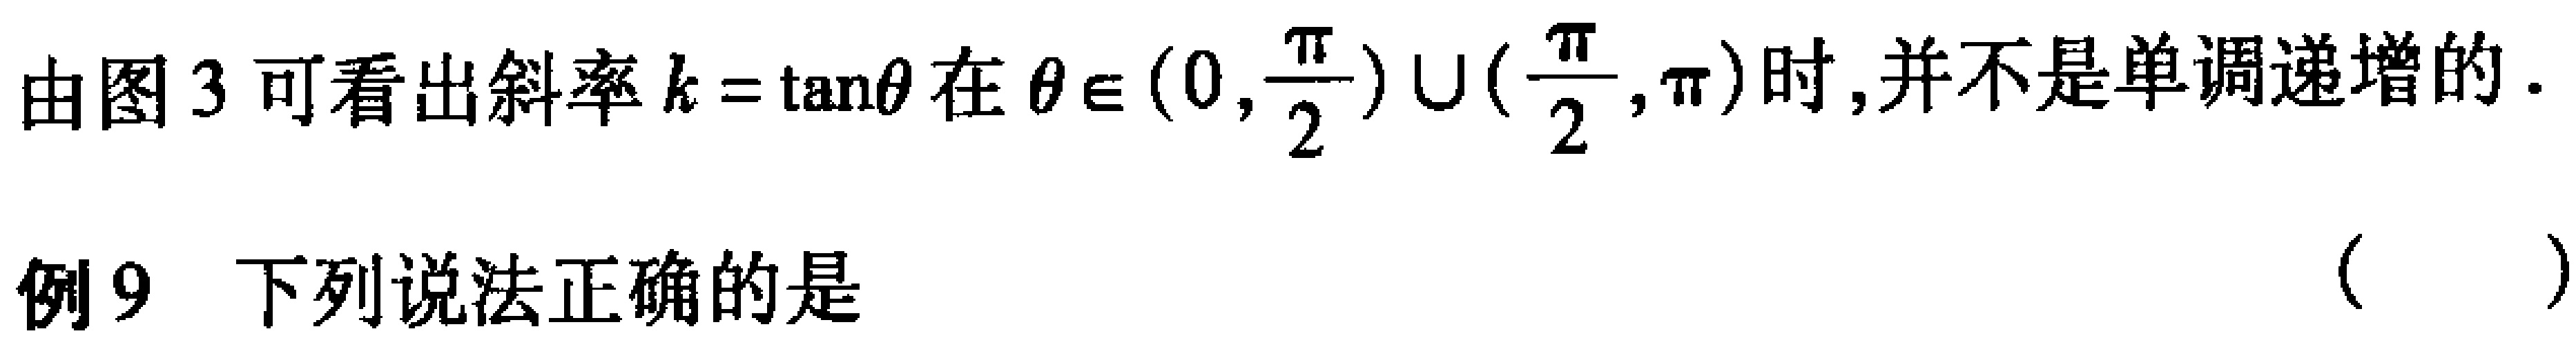
由图 3 可看出斜率 \(k = \tan\theta\) 在 \(\theta\in(0,\frac{\pi}{2})\cup(\frac{\pi}{2},\pi)\) 时,并不是单调递增的.
例 9 下列说法正确的是 （  ）